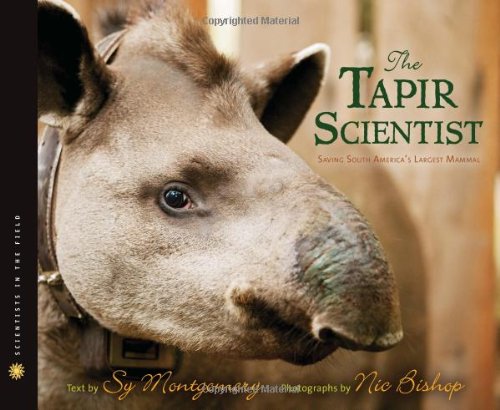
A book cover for The Tapir Scientist: Saving South America's Largest Mammal (Scientists in the Field Series); Sy Montgomery; Children's Books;